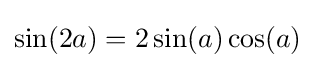
\sin(2a)=2\sin(a)\cos(a)